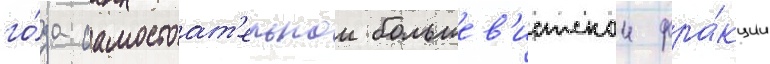
го́да самостоат'ельнои большев'истскои фра́кции